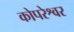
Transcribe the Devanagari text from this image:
कोपरेश्वर